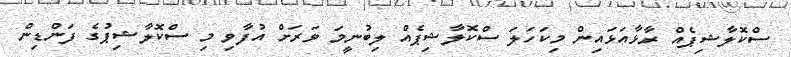
ސްކޮލާޝިޕެއް ރާޅާއަޅައިން މިކަހަލަ ސްކޮލާޝިޕެއް ލިބުނީމަ ވަރަށް އުފާވި މި ސްކޮލާޝިޕުގެ ފަންޑިން